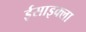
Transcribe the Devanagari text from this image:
ईसाइक्ला